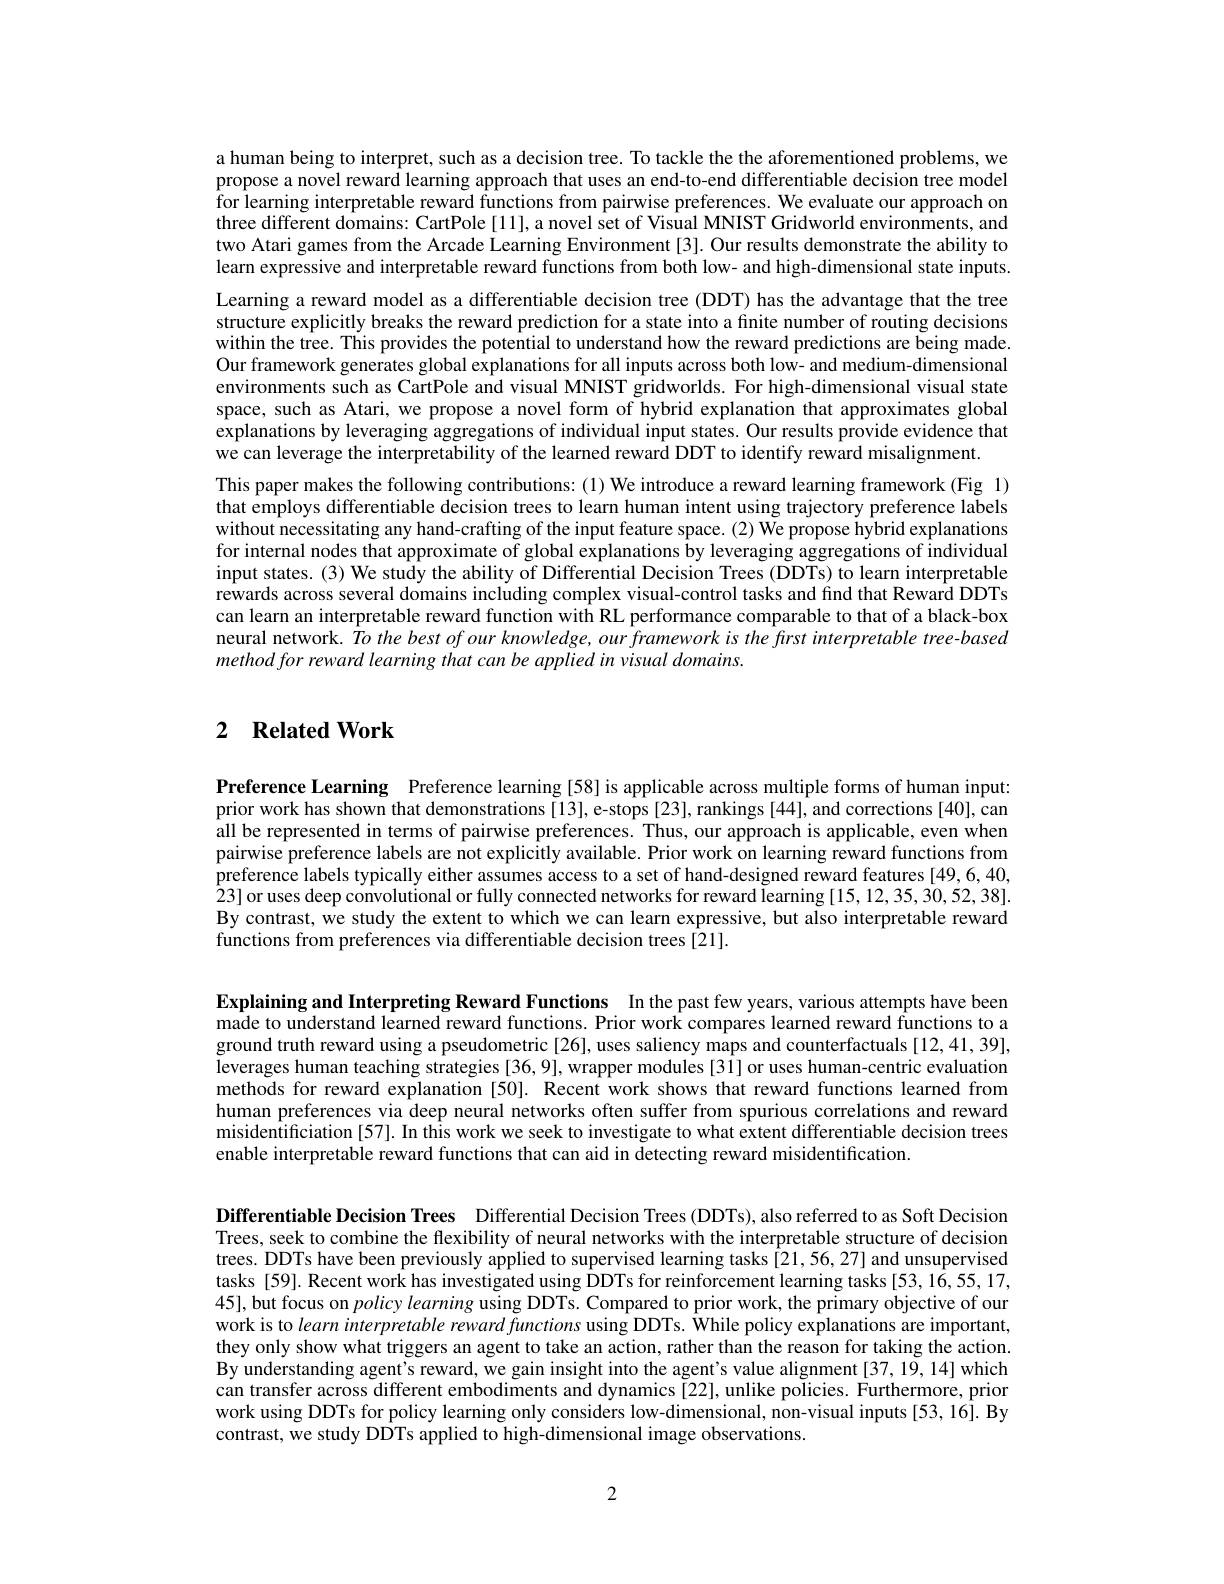
a human being to interpret, such as a decision tree. To tackle the aforementioned problems, we propose a novel reward learning approach that uses an end-to-end differentiable decision tree model for learning interpretable reward functions from pairwise preferences. We evaluate our approach on three different domains: CartPole[11], a novel set of Visual MNIST Gridworld environments, and two Atari games from the Arcade Learning Environment [3]. Our results demonstrate the ability to learn expressive and interpretable reward functions from both low- and high-dimensional state inputs. Learning a reward model as a differentiable decision tree (DDT) has the advantage that the tree structure explicitly breaks the reward prediction for a state into a finite number of routing decisions within the tree. This provides the potential to understand how the reward predictions are being made. Our framework generates global explanations for all inputs across both low- and medium-dimensional environments such as CartPole and visual MNIST gridworlds. For high-dimensional visual state space, such as Atari, we propose a novel form of hybrid explanation that approximates global explanations by leveraging aggregations of individual input states. Our results provide evidence that we can leverage the interpretability of the learned reward DDT to identify reward misalignment.
This paper makes the following contributions: (1) We introduce a reward learning framework (Fig 1) that employs differentiable decision trees to learn human intent using trajectory preference labels without necessitating any hand-crafting of the input feature space. (2) We propose hybrid explanations for internal nodes that approximate of global explanations by leveraging aggregations of individual input states. (3) We study the ability of Differential Decision Trees (DDTs) to learn interpretable rewards across several domains including complex visual-control tasks and find that Reward DDTs can learn an interpretable reward function with RL performance comparable to that of a black-box neural network. $\hat{T}o$ the best of our knowledge, our framework is the first interpretable tree-based method for reward learning that can be applied in visual domains.

## 2 $\textbf{Related Work}$

Preference Learning Preference learning [58] is applicable across multiple forms of human input: prior work has shown that demonstrations [13], e-stops [23], rankings [44], and corrections [40], can all be represented in terms of pairwise preferences. Thus, our approach is applicable, even when pairwise preference labels are not explicitly available. Prior work on learning reward functions from preference labels typically either assumes access to a set of hand-designed reward features [49,6,40,1] 23] or uses deep convolutional or fully connected networks for reward learning [15,12,35,30,52,38]. By contrast, we study the extent to which we can learn expressive, but also interpretable reward functions from preferences via differentiable decision trees [21].

Explaining and Interpreting Reward Functions In the past few years, various attempts have been made to understand learned reward functions. Prior work compares learned reward functions to a ground truth reward using a pseudometric[26], uses saliency maps and counterfactuals[12,41,39], leverages human teaching strategies [36,9], wrapper modules [31] or uses human-centric evaluation methods for reward explanation [50]. Recent work shows that reward functions learned from human preferences via deep neural networks often suffer from spurious correlations and reward misidentificiation [57]. In this work we seek to investigate to what extent differentiable decision trees enable interpretable reward functions that can aid in detecting reward misidentification.

Differentiable Decision Trees Differential Decision Trees (DDTs), also referred to as Soft Decision Trees, seek to combine the flexibility of neural networks with the interpretable structure of decision trees. DDTs have been previously applied to supervised learning tasks $\hat{[21,56,27]}$ and unsupervised tasks[59]. Recent work has investigated using DDTs for reinforcement learning tasks[53,16,55,17, 45],but focus on $policy\textit{learning using DDTs. Compared to prior work, the primary objective of our}$ work is to learn interpretable reward functions using DDTs. $\hat{\text{While policy explanations are important,}}$ they only show what triggers an agent to take an action, rather than the reason for taking the action. By understanding agent's reward, we gain insight into the agent's value alignment [37,19,14] which can transfer across different embodiments and dynamics [22], unlike policies. Furthermore, prior work using DDTs for policy learning only considers low-dimensional, non-visual inputs[53,16]. By contrast, we study DDTs applied to high-dimensional image observations.

2